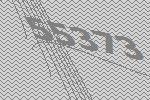
55373